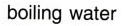
boilingwater